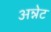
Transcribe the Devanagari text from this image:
अन्नेट